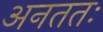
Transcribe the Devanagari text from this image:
अनततः